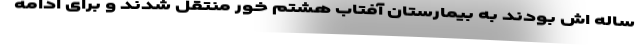
ساله اش بودند به بیمارستان آفتاب هشتم خور منتقل شدند و برای ادامه